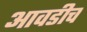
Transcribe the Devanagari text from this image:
आवडीच